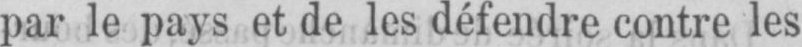
par le pays et de les défendre contre les